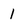
Character: 1